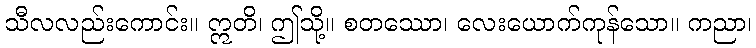
သီလလည်းကောင်း။ ဣတိ၊ ဤသို့။ စတဿော၊ လေးယောက်ကုန်သော။ ကညာ၊